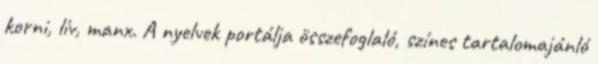
korni, lív, manx. A nyelvek portálja összefoglaló, színes tartalomajánló